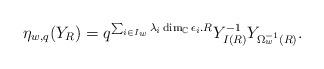
LaTeX: \begin{align*}\eta_{w,q}(Y_{R})=q^{\sum_{i\in I_{w}}\lambda_{i}\dim_{\mathbb{C}}\epsilon_{i}.R}Y_{I(R)}^{-1}Y_{\Omega_{w}^{-1}(R)}.\end{align*}